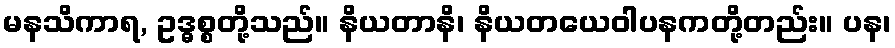
မနသိကာရ, ဥဒ္ဓစ္စတို့သည်။ နိယတာနိ၊ နိယတယေဝါပနကတို့တည်း။ ပန၊